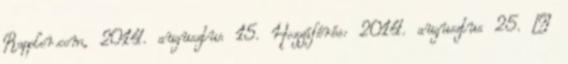
Rappler.com, 2014. augusztus 15. Hozzáférés: 2014. augusztus 25. ↑